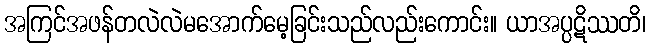
အကြင်အဖန်တလဲလဲမအောက်မေ့ခြင်းသည်လည်းကောင်း။ ယာအပ္ပဋိဿတိ၊